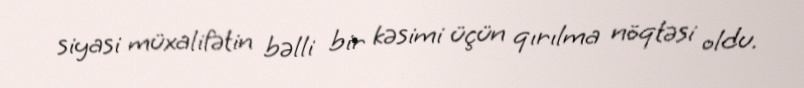
siyasi müxalifətin bəlli bir kəsimi üçün qırılma nöqtəsi oldu.